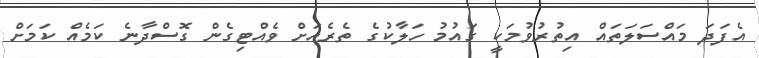
އެފަދަ މައްސަލަތައް އިތުރުވުމަކީ ގައުމު ހަލާކުގެ ތެރެއަށް ވެއްޓިގެން ގޮސްދާނެ ކަމެއް ކަމަށް